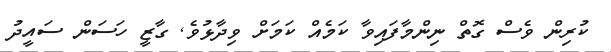
ކުރިން ވެސް ގޮތް ނިންމާފައިވާ ކަމެއް ކަމަށް ވިދާޅުވެ